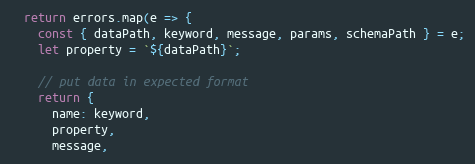
Language: JavaScript
  return errors.map(e => {
    const { dataPath, keyword, message, params, schemaPath } = e;
    let property = `${dataPath}`;

    // put data in expected format
    return {
      name: keyword,
      property,
      message,